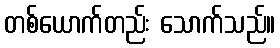
တစ်ယောက်တည်း သောက်သည်။